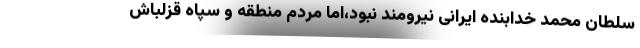
سلطان محمد خدابنده ایرانی نیرومند نبود،اما مردم منطقه و سپاه قزلباش